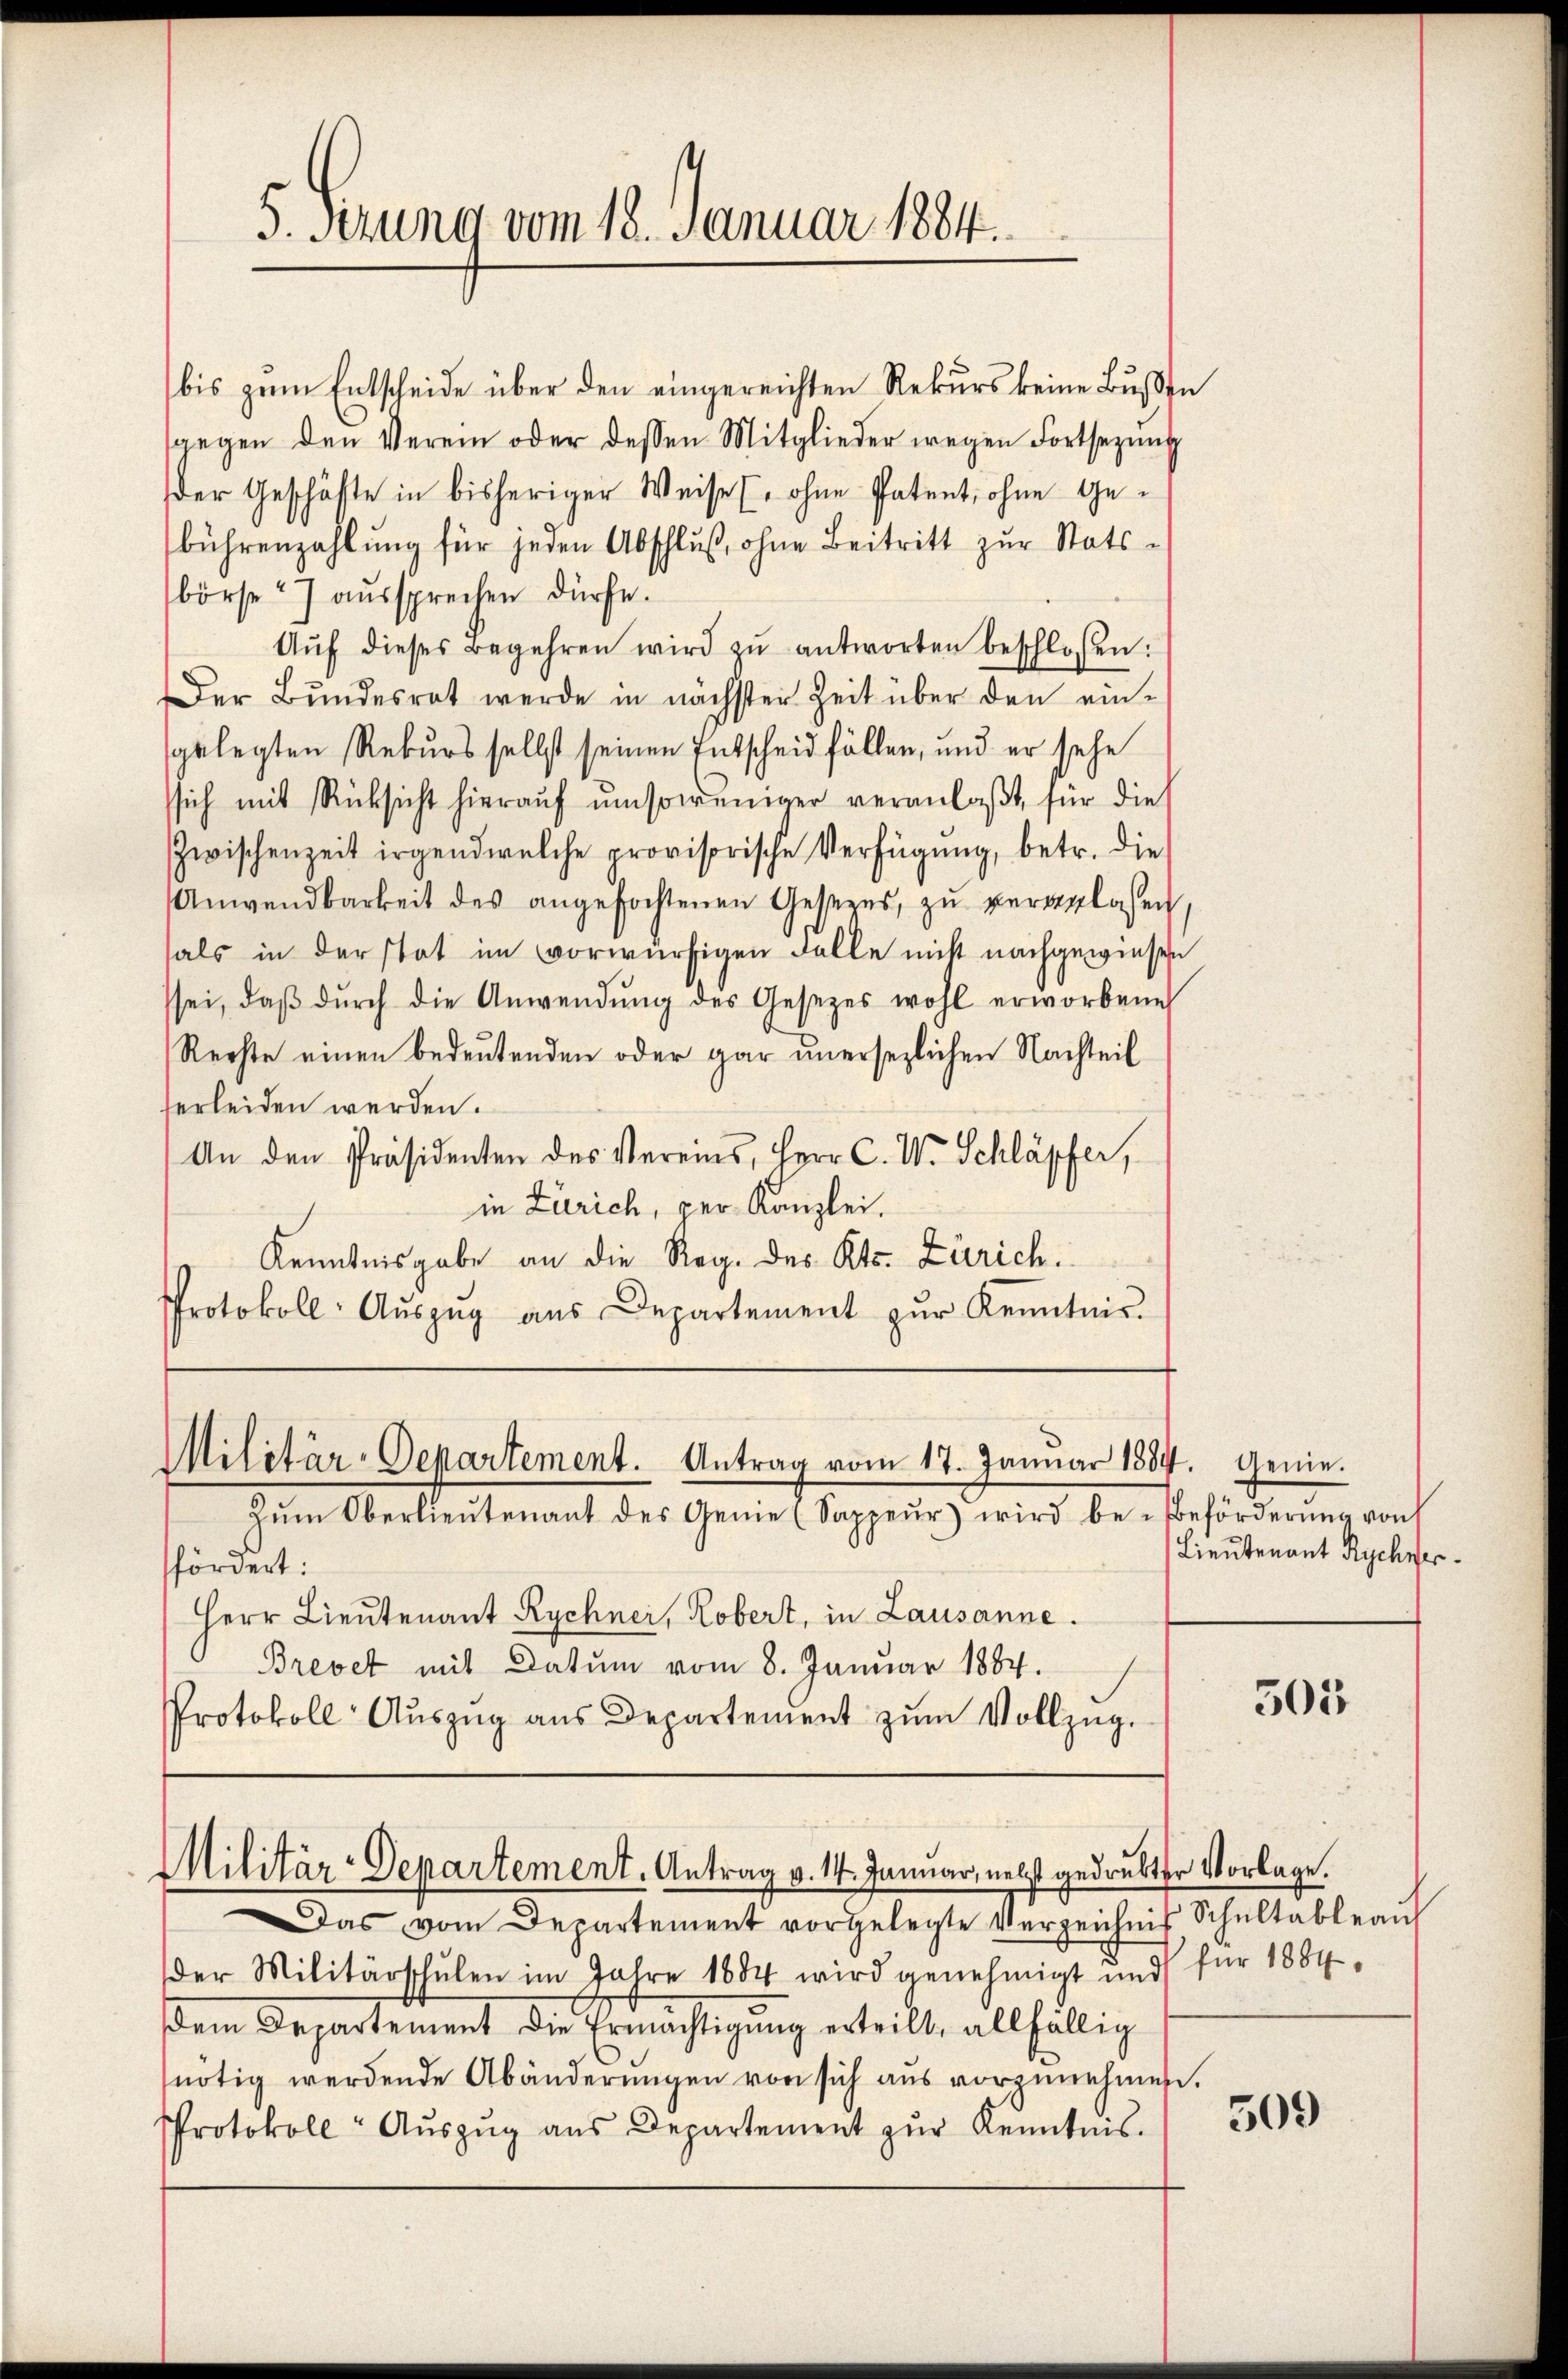
5. sezung vom 18. Januar 1884.

bis zŭm Entscheide über den eingereichten Rekurs keine Bŭβen
gegen den Verein oder dessen Mitglieder wegen Fortsetzŭng
der Geschäfte in bisheriger Weise, ohne Patent, ohne Gebührenzahlŭng für jeden Abschlŭβ, ohne Beitritt zur Stats-
börse 27 aŭssprechen dürfe.
Aŭf dieses Begehren wird zŭ antworten beschlossen:
Der Bŭndesrat werde in nächster Zeit über den ein-
gelegten Rekurs selbst seinen Entscheid fällen, und er sehe
ssich mit Rücksicht hierauf umsoweniger veranlaßt, für die
Zwischenzeit irgendwelche provisorische Verfügung, betr. die
Anwendbarkeit des angefochtenen Gesezes, zu veranlassen,
als in der stat im vorwürfigen Falle nicht nachgewiesen
sei, daβ dŭrch die Anwendŭng des Gesetzes wohl erworbene
Rechte einen bedeutenden oder gar unersezlichen Nachteil
ferleiden werden.
An den Präsidenten des Vereins, Herr C. W. Schläpfer,
in Zürich, per Kanzlei.
Kenntnisgabe an die Reg. des Kts. Zürich.
Protokoll- Aŭszŭg aŭs Departement zŭr Kenntnis.

Militär-Departement. Antrag vom 17. Januar 1884. Genie¬
Zŭm Oberlieŭtenant des Genie (Sappeŭr wird be- Beförderŭng von

ffördert:
Herr Lieutenant Rychner, Robert, in Lausanne.
Brevet mit Datum vom 8. Januar 1884.
Protokoll Aŭszŭg aŭs Departement zŭm Vollzŭg.

Militär-Departement. Antrag v. 14. Januar, nebst gedrukter Vorlage.

Das vom Departement vorgelegte Verzeichnis Schŭltableaŭf
der Militärschulen im Jahre 1884 wird genehmigt und für 1884
dem Departement die Ermächtigŭng erteilt, allfällig
nötig werdende Abänderŭngen von sich aŭs vorzŭnehmen.
Protokoll-Aŭszŭg ans Departement zŭr Kenntnis.

Lieutenant Rychver

503

509